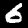
Label: 6